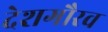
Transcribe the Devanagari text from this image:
देशगौरव